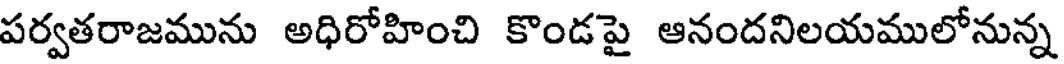
పర్వతరాజమును అధిరోహించి కొండపై ఆనందనిలయములోనున్న